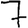
Digit: 7